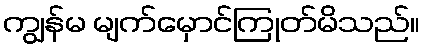
ကျွန်မ မျက်မှောင်ကြုတ်မိသည်။